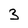
Character: 3